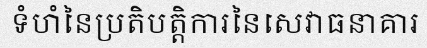
ទំហំនៃប្រតិបត្តិការនៃសេវាធនាគារ